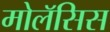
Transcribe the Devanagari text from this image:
मोलॅसिस